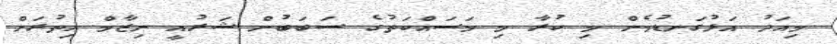
މިއަދު އަޅުގަނޑުމެން މި ކުރާ މި މަސައްކަތުގެ ސަބަބުން ޝަރުއީ ނިޒާމް އިތުރަށް